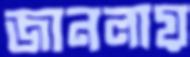
জানলায়